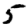
Digit: 5